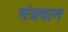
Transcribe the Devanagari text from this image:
मंत्रदान